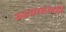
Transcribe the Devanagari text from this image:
रुद्रवाचस्पति